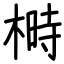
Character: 榯